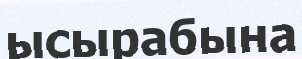
ысырабына